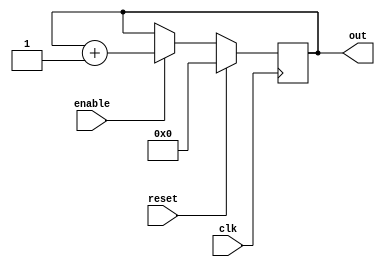
module counter(out, clk, enable,reset);
output[7:0]  out; 
input clk, reset, enable;
reg[7:0] out;
always @ (posedge clk) begin
    if(reset) begin
        out <= 8'b0;
    end else if(enable) begin
        out <= out + 1;
    end
end
endmodule